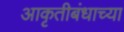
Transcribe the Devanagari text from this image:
आकृतीबंधाच्या